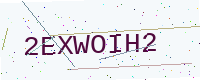
Text: 2EXWOIH2